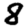
Digit: 8